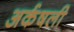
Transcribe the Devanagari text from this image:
अर्कषली